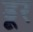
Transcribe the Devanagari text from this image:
डूर